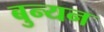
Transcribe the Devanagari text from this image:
बुन्यन